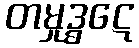
တမှုဒ္ဓဋေ